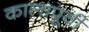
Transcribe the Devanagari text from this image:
कालापूर्वी